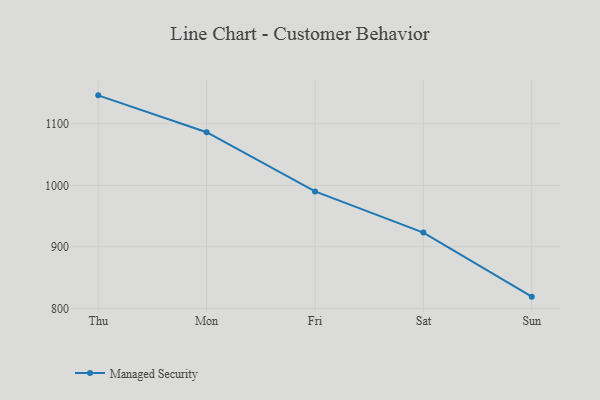
{"axis": {"x": "Day", "y": "Budget (USD K)"}, "legend": ["Managed Security"], "data": [{"x": "Thu", "y": 1146.3, "type": "Managed Security"}, {"x": "Mon", "y": 1086.4, "type": "Managed Security"}, {"x": "Fri", "y": 990.1, "type": "Managed Security"}, {"x": "Sat", "y": 923.2, "type": "Managed Security"}, {"x": "Sun", "y": 819.0, "type": "Managed Security"}]}